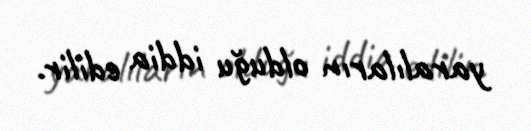
yaralıların olduğu iddia edilir.